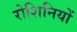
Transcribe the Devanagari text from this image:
रोशिनियों